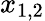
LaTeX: x_{1,2}